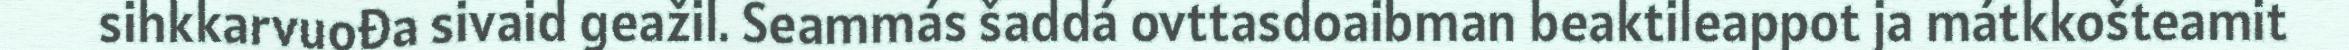
sihkkarvuođa sivaid geažil. Seammás šaddá ovttasdoaibman beaktileappot ja mátkkošteamit